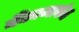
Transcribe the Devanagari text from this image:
बँकामार्फत